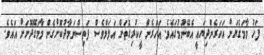
ފަހު މާމަގެޔަށް އަހަރެންދިޔައީ އެބޭނުމުގައެވެ. އަހަރެން ހީކުރިގޮތަށް އަލަމްވެސް ފަތިސްނަމާދުކޮށްގެން މާމަގޭދޮށަށް އައެވެ.